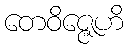
တေဝိဇ္ဇေဟိ